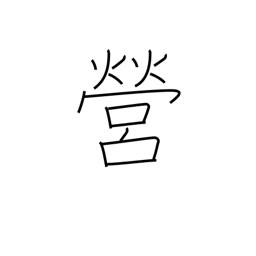
Meaning: perform